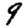
Digit: 9